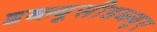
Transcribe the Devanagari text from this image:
डब्ल्यूसीडब्ल्यूए